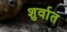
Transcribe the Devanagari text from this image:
शुर्वात